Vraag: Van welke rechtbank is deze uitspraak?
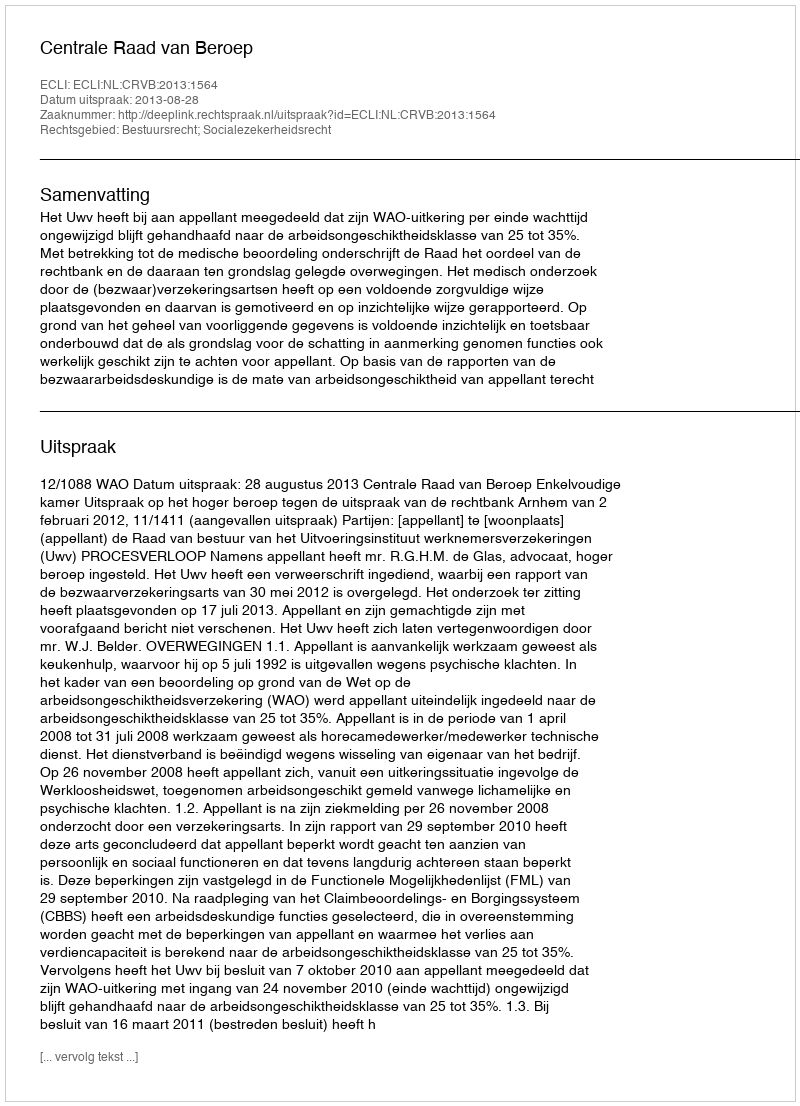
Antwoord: Centrale Raad van Beroep